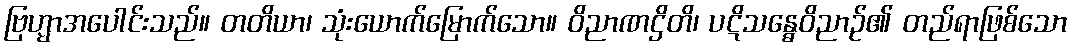
ဗြဟ္မာအပေါင်းသည်။ တတိယာ၊ သုံးယောက်မြောက်သော။ ဝိညာဏဌိတိ၊ ပဋိသန္ဓေဝိညာဉ်၏ တည်ရာဖြစ်သော